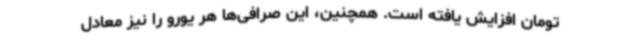
تومان افزایش یافته است. همچنین، این صرافی‌ها هر یورو را نیز معادل